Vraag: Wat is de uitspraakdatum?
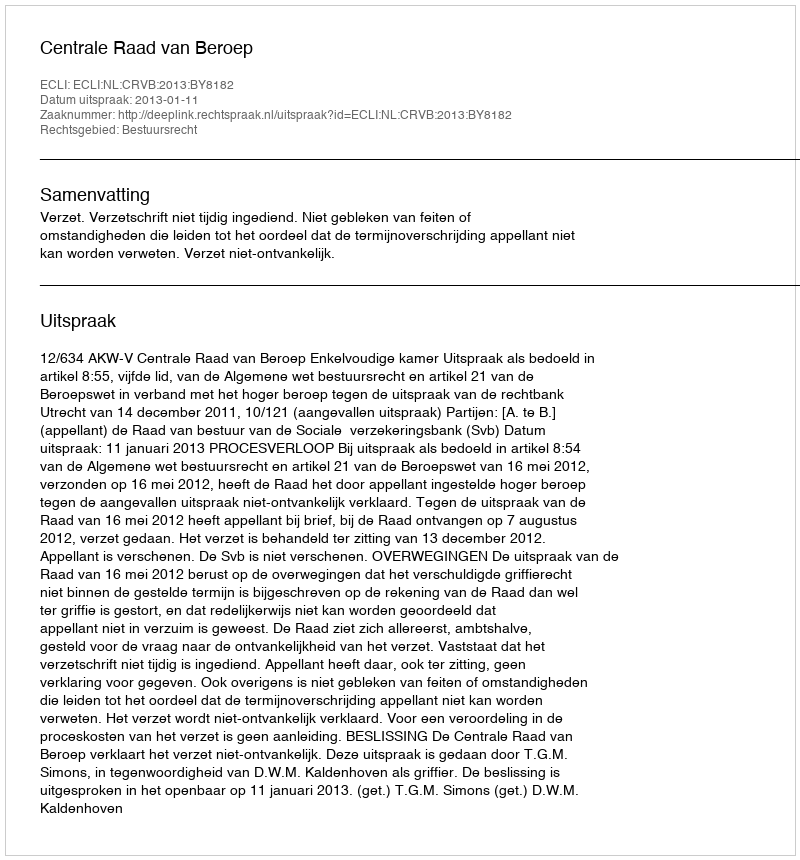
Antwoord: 2013-01-11